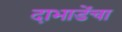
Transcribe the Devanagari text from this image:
दाभाडेंचा